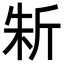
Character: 𣂛